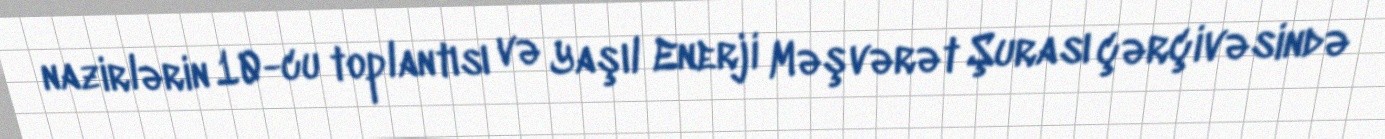
nazirlərin 10-cu toplantısı və Yaşıl Enerji Məşvərət Şurası çərçivəsində